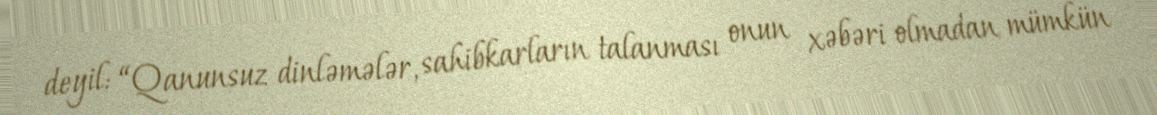
deyil: “Qanunsuz dinləmələr, sahibkarların talanması onun xəbəri olmadan mümkün